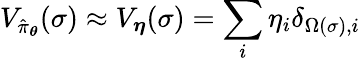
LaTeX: V_{\hat{\pi}_{\boldsymbol{\theta}}}(\sigma)\approx V_{\boldsymbol{\eta}}(\sigma)=\sum_{i}\eta_{i}\delta_{\Omega(\sigma),i}